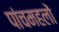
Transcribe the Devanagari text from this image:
पांचमहलों